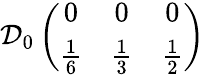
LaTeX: \mathcal{D}_{0}\left(\begin{array}{ccc}{{0}}&{{0}}&{{0}}\\ {{\frac{1}{6}}}&{{\frac{1}{3}}}&{{\frac{1}{2}}}\end{array}\right)